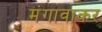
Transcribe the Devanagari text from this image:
मंगावाकर